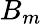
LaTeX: B_{m}